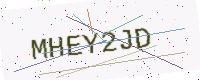
Text: MHEY2JD